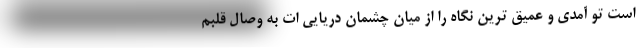
است تو آمدی و عمیق ترین نگاه را از میان چشمان دریایی ات به وصال قلبم